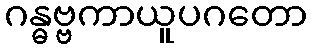
ဂန္ဓဗ္ဗကာယူပဂတော